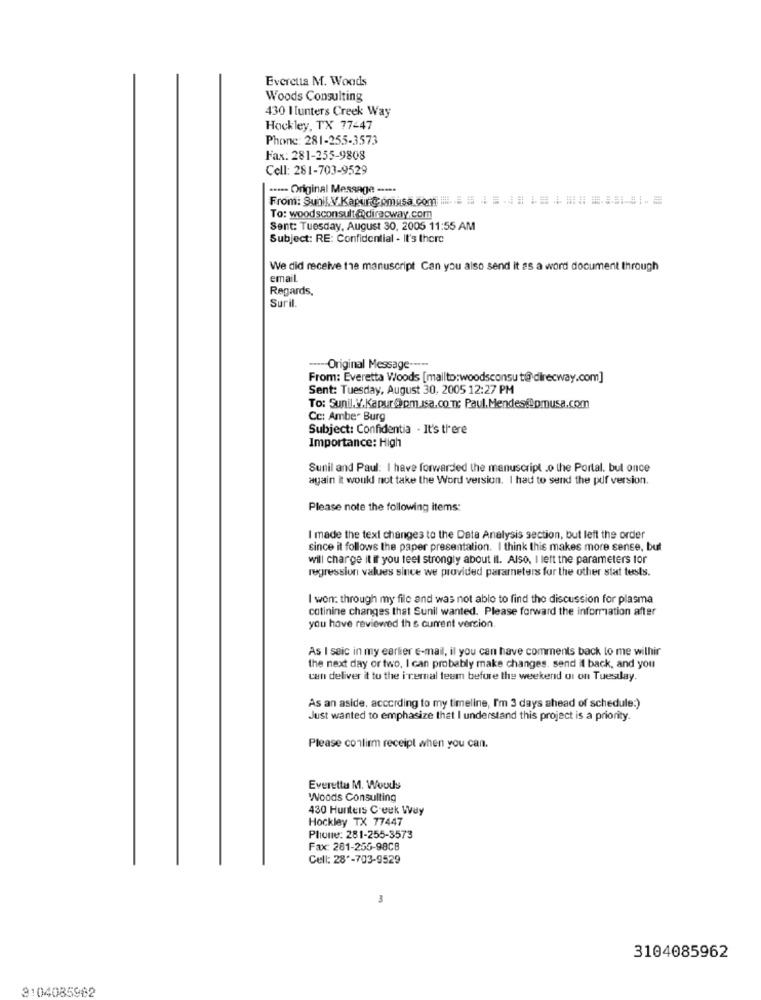
Everetta M. Woods
Woods Consulting
430 I unters Creek Way
Hockley, TX 77447
Phone: 281-255-3573
Fax: 281-255-9808
Cell: 281-703-9529
···-- Original Message ----
From: Sunil. V.KapurComisa.com = = = = = = = = = = == == 141. 5
To: woodsconsult@direcway.com
Sent: Tuesday, August 30, 2005 11:55 AM
Subject: RE: Confidential - It's there
We did receive the manuscript Can you also send it as a word document through
email
Regards,
Suril
---- Original Message ----.
From: Everetta Woods [mailto:woodsconsu t@ direcway.com]
Sent: Tuesday, August 30, 2005 12:27 PM
To: Sunil. V/,Kapur@pm.isa.con Paul.Mendes@Bpmusa.com
Cc: Amber Burg
Subject: Confidentia - It's there
Importance: High
Sunil and Paul: I have forwarded the manuscript .o the Portal. bul once
again i would not take the Word version. I had to send the pdf version.
Please note the following items:
I made the text changes to the Data Analysis section, but left the order
since it follows the paper presentation. I think this makes more sense, but
will charge it if you feel strongly about il. Also, I left the parameters tor
regression values since we provided parameters for the other stat tests.
I won: through my file and was not able to find the discussion for plasma
cotinine changes that Sunil wanted. Please forward the information after
you have reviewed th s current version.
As I seic in my earlier E-mail, il you can have comments back to me withir
the next day or two, I can probably make changes, send it back, and you
can deliver it to the i cemal teem before the weekend di on Tuesday.
As an aside, according to my timeline, I'm 3 days ahead of schedule:)
Just wanted to emphasize that I understand this project is a priority.
Please conlimm receipt when you can.
Everetta M. Wouds
Woods Consulting
430 Hunters Creek Way
Hockley TX 77447
Phone: 281-255-3573
Fax: 281-255-98CB
Cell: 28 *- 703-9529
3104085962
3104085982